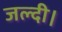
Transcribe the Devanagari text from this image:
जल्दी।